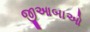
જીઆબાઓ